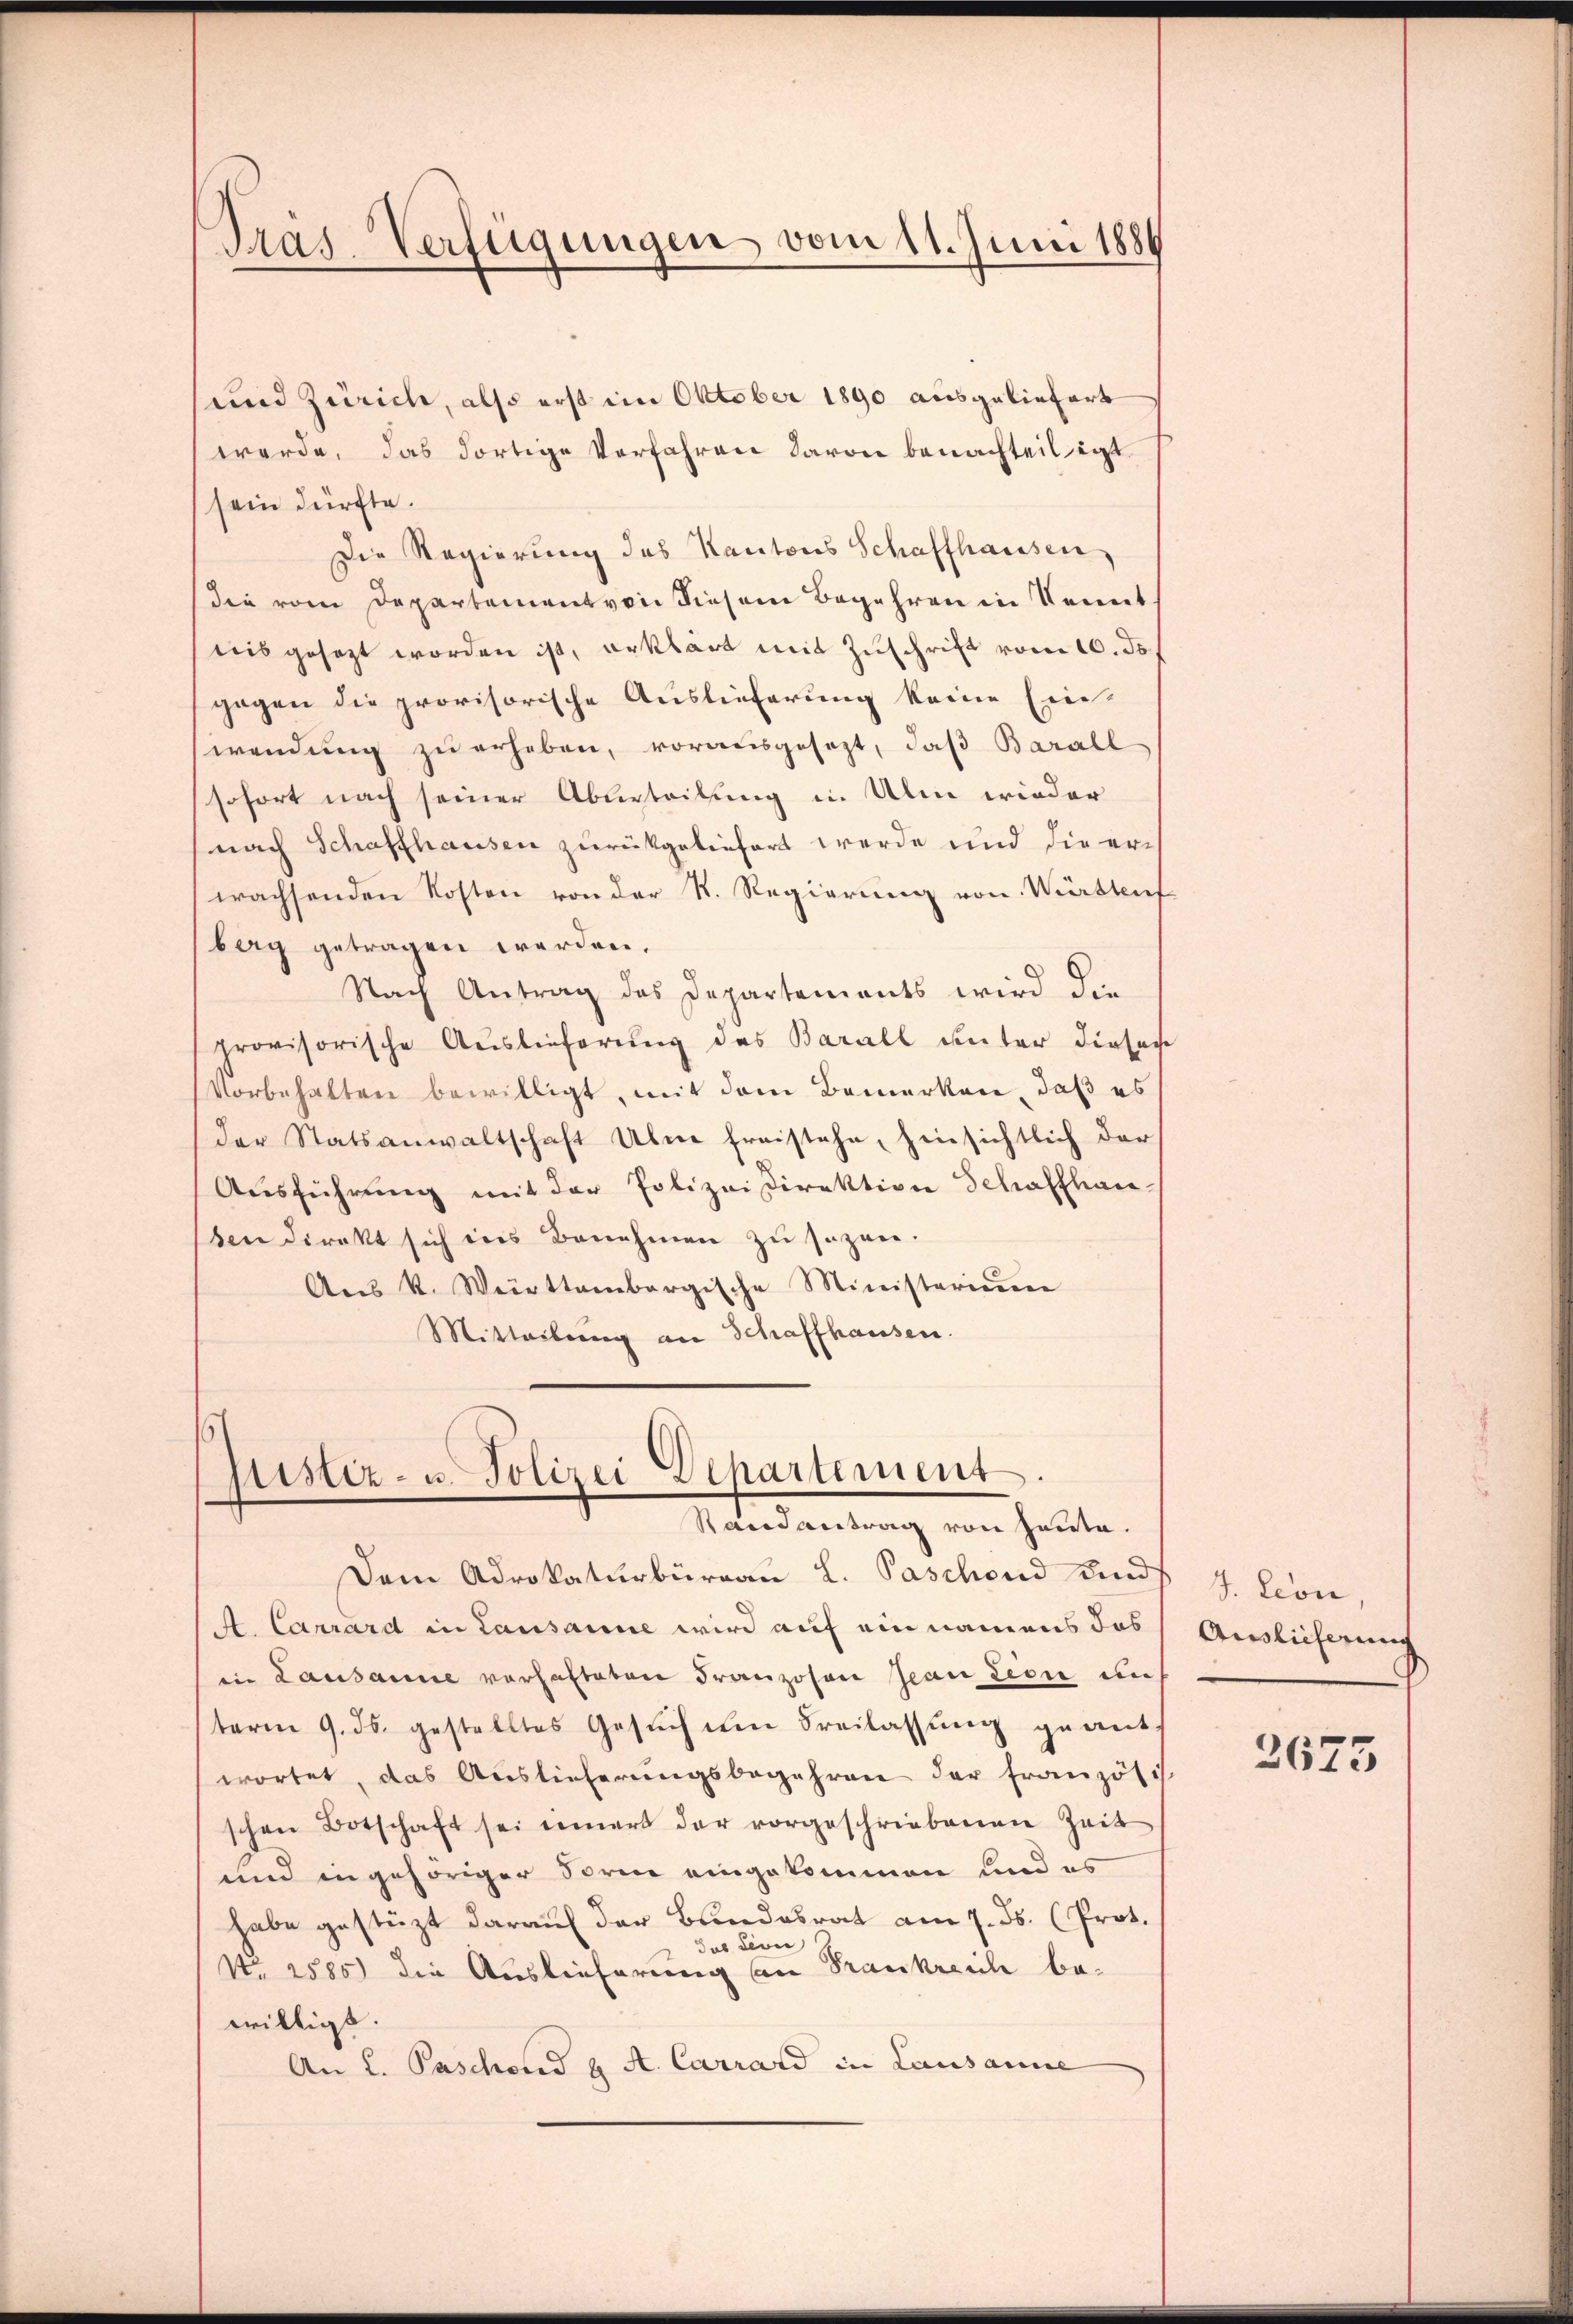
und Zürich, also erst im Oktober 1890 ausgeliefert
werde, das dortige Verfahren davon benachteiligt
sein dürfte.
Die Regierung des Kantons Schaffhausen,
die vom Departement von diesem Begehren in Kennt
tiis gesezt worden ist, erklärt mit Zuschrift vom 10. ds.
gegen die provisorische Auslieferung keine Ein-
wendung zu erheben, vorausgesezt, daß Barall
sofort nach seiner Ablerteilung in Alen wieder
nach Schaffhausen zurückgeliefert werde und die erwachsenden Kosten von der R. Regierung von Würstief
berg getragen werden.
Nach Antrag des Departements wird die
provisorische Auslieferŭng des Barall unter dieses
Vorbehalten bewilligt, mit dem Bemerken, daß es
der Statsanwaltschaft Ulne freistehe, hinsichtlich der
Ausführung mit der Polizeidirektion Schaffhau
den direkt sich ins Benehmen zu sezen.
Aŭs k. Weittembergische Ministerium
Mitteilung an Schaffhausen.

Pras-Verfügungen vom 11. Juni 1884

Sistiz- u. Polizei Departement
Stand antrag von heute.

Dem Adrokaturbüreau L. Paschond und
A. Carrard in Lausanne wird auf ein namens das
in Lausanne verhafteten Franzosen Jean Lion un
term 9. ds. gestelltes Gesuch um Freilassung geantwortet, das Auslieferungsbegehren der französis
schen Botschaft sei einert der vorgeschriebenen Zeit
und in gehöriger Forme eingekommen und es
habe gestüzt darauf der Bundesrat am 7. ds. (Prot.
dus der
No. 2885) die Auslieferung an Frankreich bewilligt.
An L. Paschend u. A. Carrard in Lausanne

J. Leon,
Auslieferung

2675